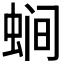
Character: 𱿧